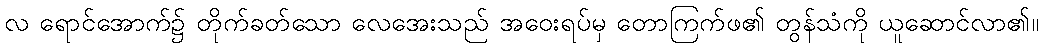
လ ရောင်အောက်၌ တိုက်ခတ်သော လေအေးသည် အဝေးရပ်မှ တောကြက်ဖ၏ တွန်သံကို ယူဆောင်လာ၏။